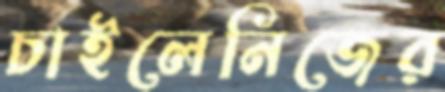
চাইলেনিজের